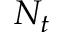
N _ { t }